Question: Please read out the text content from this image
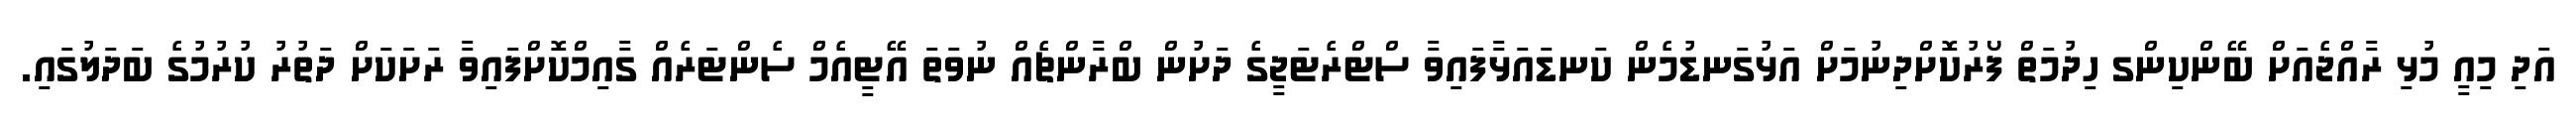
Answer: އަދި މިއީ މުޅި ރާއްޖެއަށް ބޭންކިންގ ހިދުމަތް ފޯރުކޮށްދިނުމަށް އަޅުގަނޑުމެން ކަނޑައަޅާފައިވާ ސްޓްރެޓަޖީގެ ދަށުން ބްރާންޗެއް ނުވަތަ އޭޓީއެމް ސެންޓަރެއް ގާއިމްކޮށްފައިވާ ރަށަކަށް ދަތުރު ކުރުމުގެ ބަދަލުގައި.